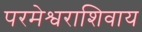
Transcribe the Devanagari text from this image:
परमेश्वराशिवाय